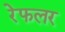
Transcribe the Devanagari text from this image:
रेफलर